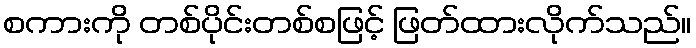
စကားကို တစ်ပိုင်းတစ်စဖြင့် ဖြတ်ထားလိုက်သည်။